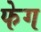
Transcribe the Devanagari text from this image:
फेग